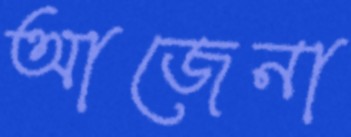
আজেনা